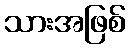
သားအဖြစ်